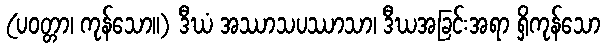
(ပဝတ္တာ၊ ကုန်သော။) ဒီဃံ အဿာသပဿာသာ၊ ဒီဃအခြင်းအရာ ရှိကုန်သော